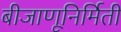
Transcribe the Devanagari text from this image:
बीजाणूनिर्मिती